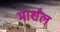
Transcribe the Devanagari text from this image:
मार्शंल